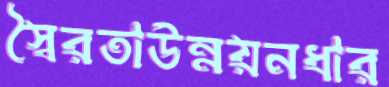
স্বৈরতাউন্নয়নধার